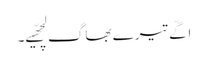
اگّے تیرے بھاگ لچھّیے۔